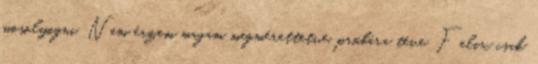
mosolyogni. Nem érzem magam megmérettetve, próbára téve. Felix csak